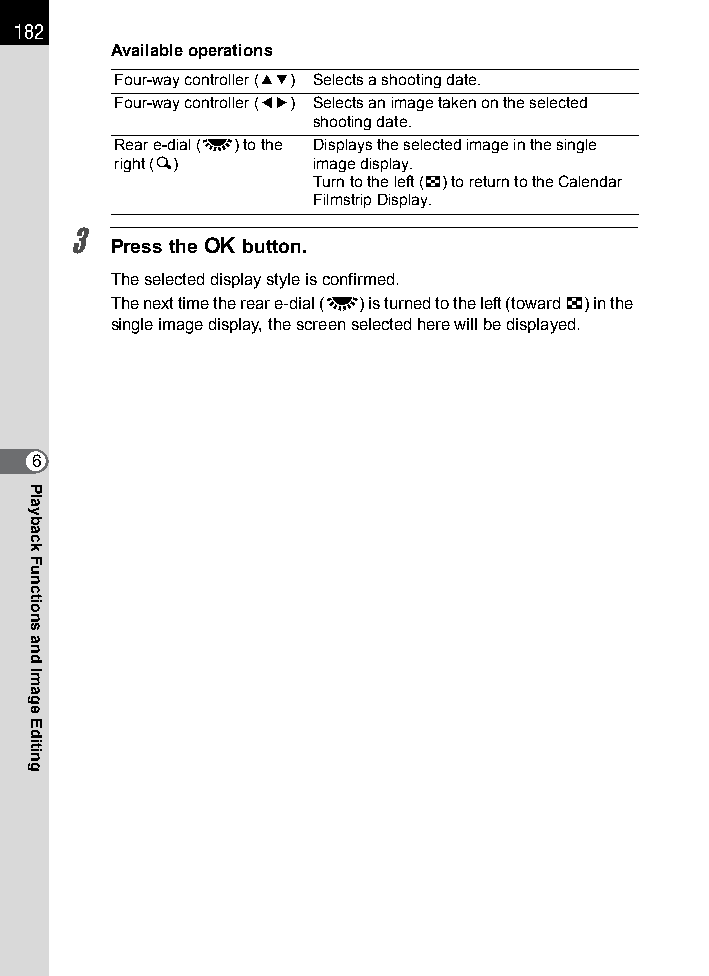
182
 Available operations
 Four-way controller (23) Selects a shooting date.
 Four-way controller (45) Selects an image taken on the selected
 shooting date.
 Rear e-dial (S) to the Displays the selected image in the single
 right (y)     image display.
 Turn to the left (f) to return to the Calendar
 Filmstrip Display.
 3
 Press the 4 button.
 The selected display style is confirmed.
 The next time the rear e-dial (S) is turned to the left (toward f) in the
 single image display, the screen selected here will be displayed.
 6
 Playback
 Functions
 and
 Image
 Editing